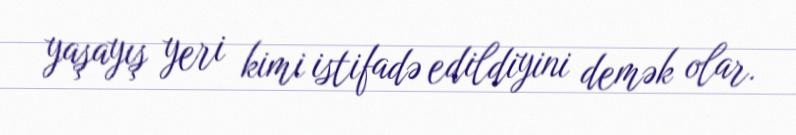
yaşayış yeri kimi istifadə edildiyini demək olar.